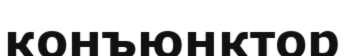
конъюнктор